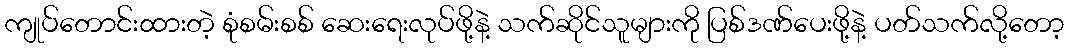
ကျုပ်တောင်းထားတဲ့ စုံစမ်းစစ် ဆေးရေးလုပ်ဖို့နဲ့ သက်ဆိုင်သူများကို ပြစ်ဒဏ်ပေးဖို့နဲ့ ပတ်သက်လို့တော့